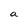
Character: a